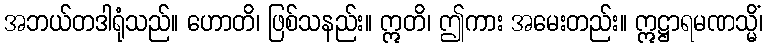
အဘယ်တဒါရုံသည်။ ဟောတိ၊ ဖြစ်သနည်း။ ဣတိ၊ ဤကား အမေးတည်း။ ဣဋ္ဌာရမဏသ္မိံ၊